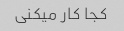
کجا کار میکنی